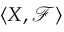
\langle X , { \mathcal { F } } \rangle